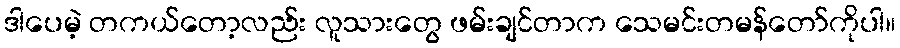
ဒါပေမဲ့ တကယ်တော့လည်း လူသားတွေ ဖမ်းချင်တာက သေမင်းတမန်တော်ကိုပါ။